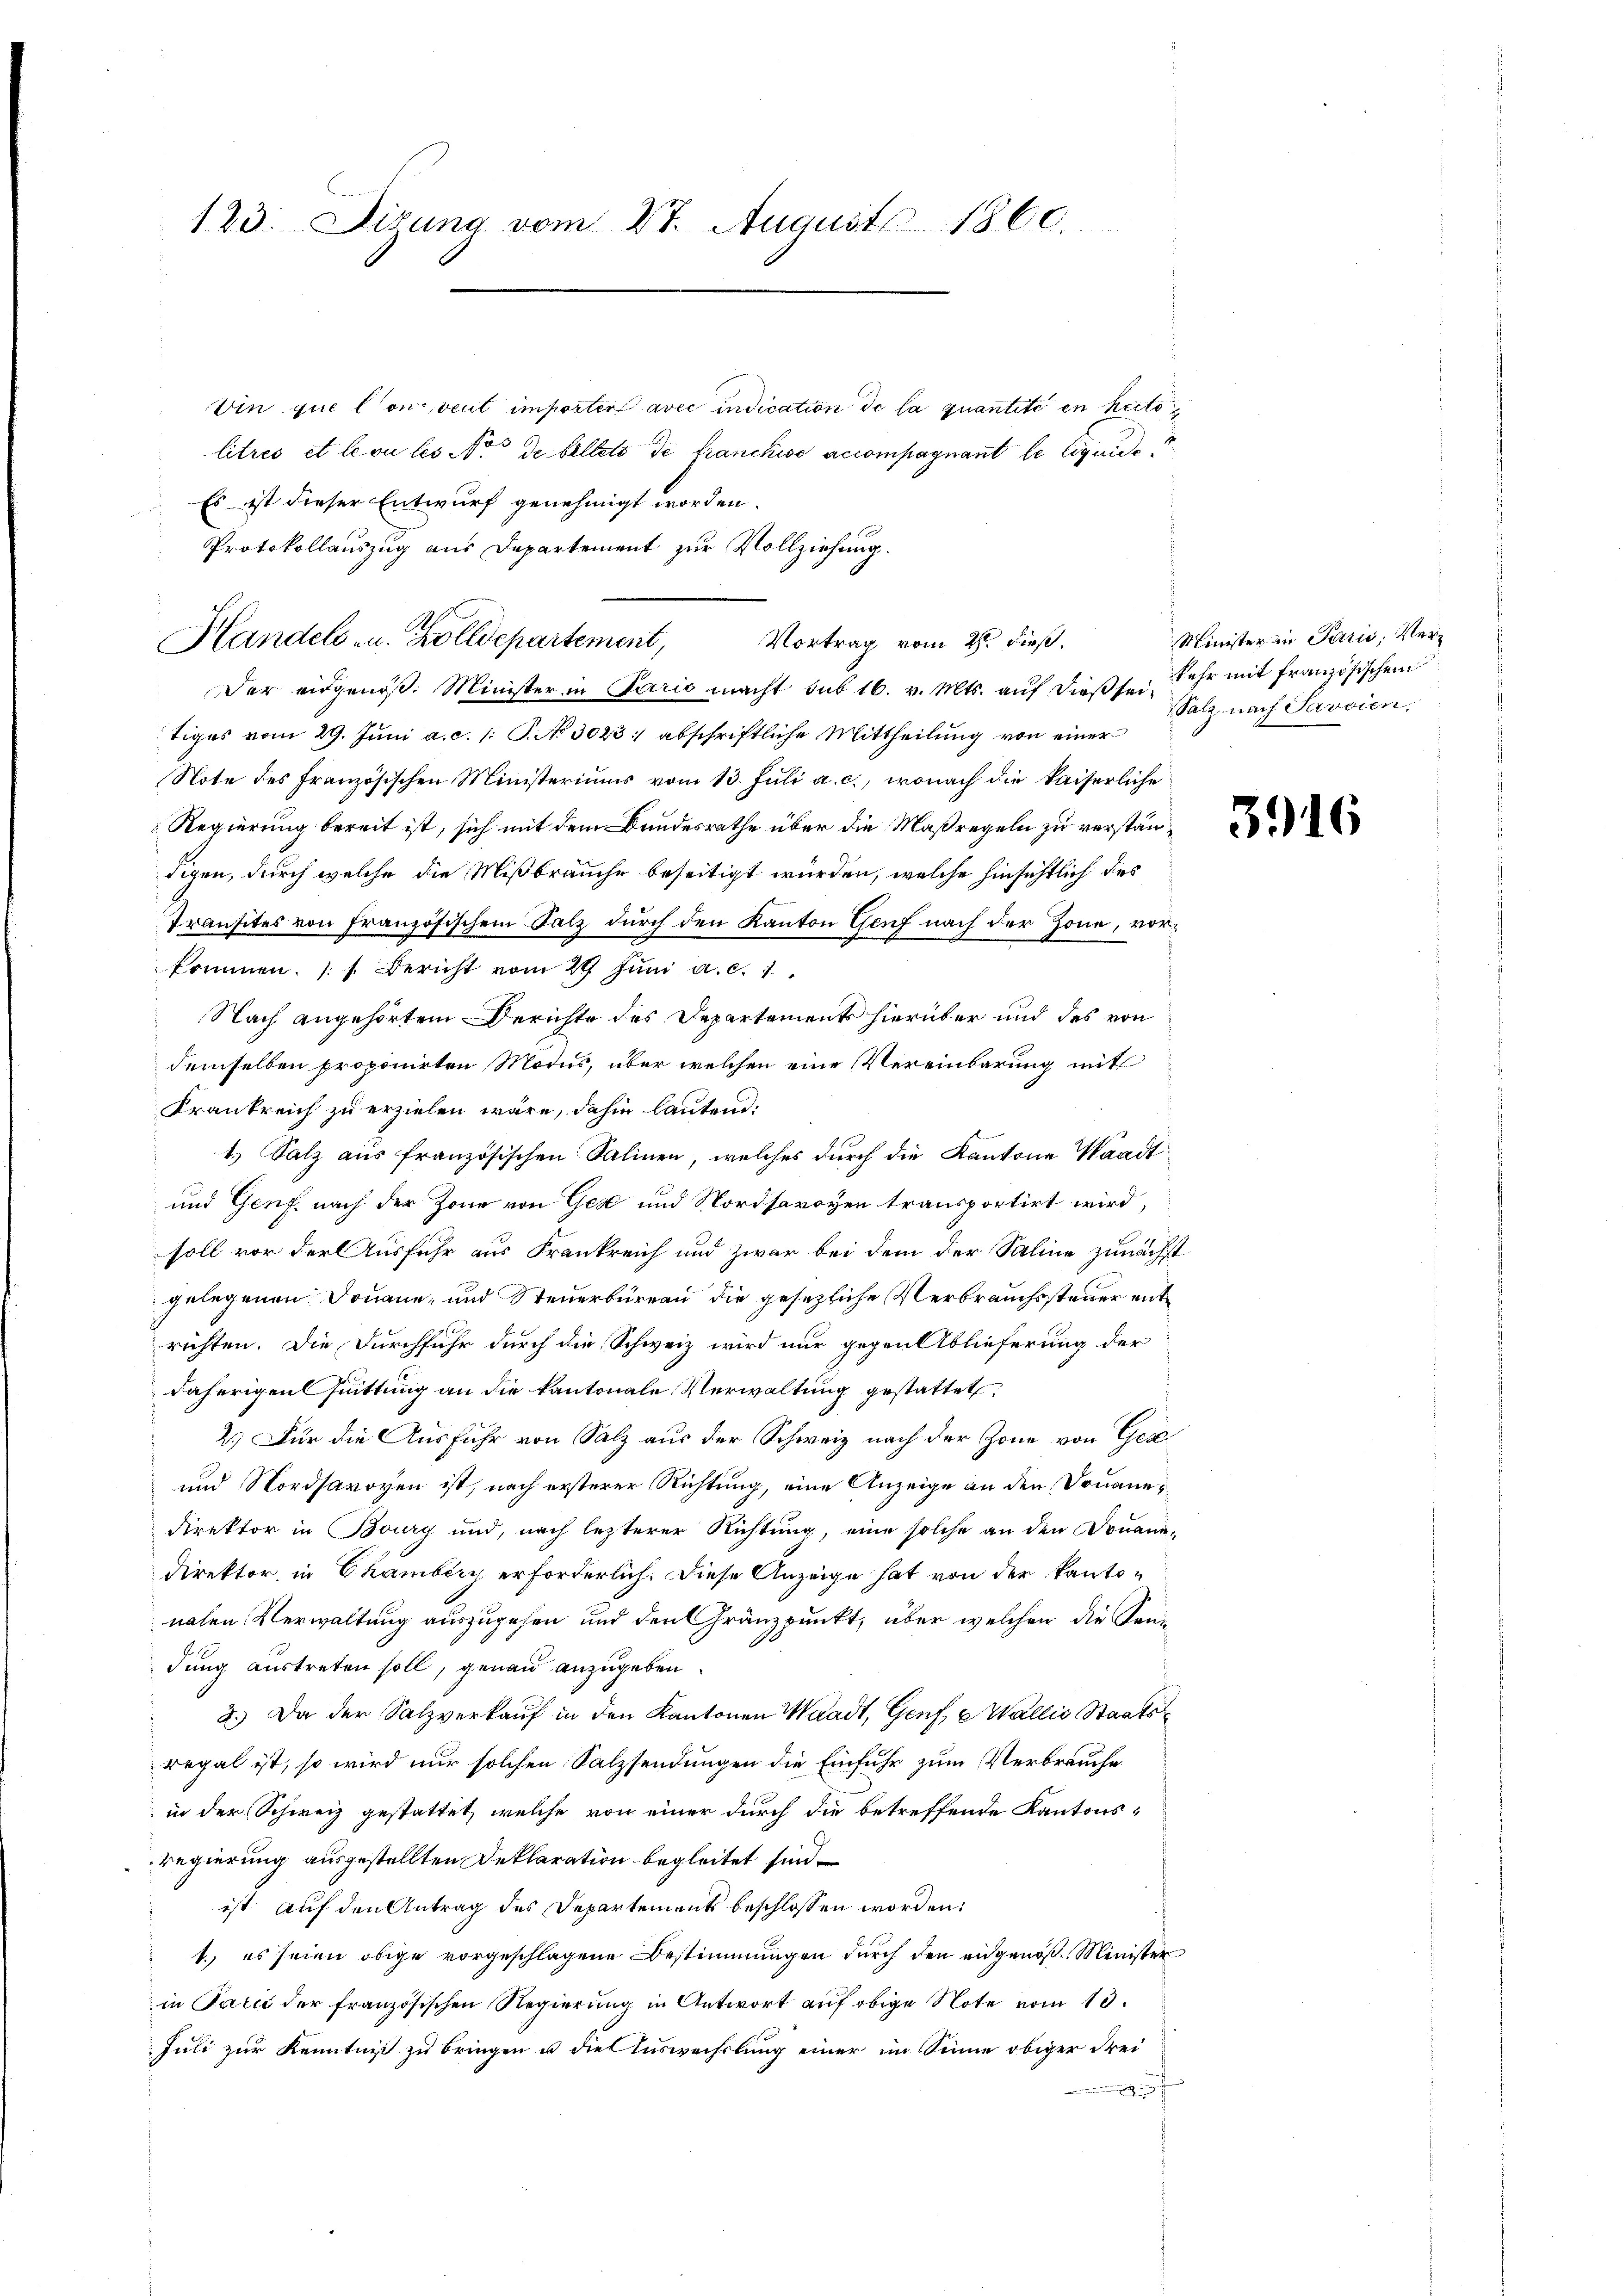
123. Disung vom 27. August 1860.

Vin que lon veut imposter avec indication de la quantité en heits
litrés et le ou les Not de billete de franchise accompagnant le liquide
Es ist dieser Entwurf genehmigt worden.
Protokollauszug aus Departement zur Vollziehung.
Der eidgenöß. Minister in Paris macht sub 16. v. Mts. aŭf dieβse. Sehr mit französischen
tiges vom 29. Juni a. c. s. S. No 3023:/ abschriftliche Mittheilung von einer
Note des französischen Ministeriums vom 13. Juli a. c., wonach die kaiserliche
Regierung bereit ist, sich mit dem Bundesrathe über die Maßregeln zu verständigen, durch welche die Mißbrauche beseitigt würden, welche hinsichtlich des
Transites von Französischem Salz durch den Kanton Genf nach der Zone, vorkommen. (s. Bericht vom 29. Jŭni a. c. 1
Nach angehörtem Berichte des Departements hierüber und des von
demselben proponirten Modus, über welchen eine Vereinbarung mit
Krankreich zu erzielen wäre, dahin lautend:
1.) Salz aus französischen Salinen, welches durch die Kantone Waadt
und Genf, nach der Zone von Ged und Nordsavoyen transportirt wird,
soll vor der Ausfuhr aus Frankreich und zwar bei dem der Saline zunächst
gelegenen Douane, und Steuerbüreau die gesezliche Verbrauchssteuer entrichten. Die Durchfuhr durch die Schweiz wird nur gegen Ablieferung der
daherigen Quittung an die kantonale Verwaltung gestattet,
2.) Für die Ausfuhr von Salz aus der Schweiz nach der Zone von Ger
und Nordsavoyen ist, nach ersterer Richtung, eine Anzeige an den Douane¬
Direktor in Bourg und, nach lezterer Richtung, eine solche an den Douanedirektor, in Chambery erforderlich. Diese Anzeige hat von der kantonahen Verwaltung auszugehen und den Gränzpunkt, über welchen die Sondung austreten soll, genau anzugeben.
2.) Da der Salzverkauf in den Kantonen Waadt, Genf Wallis Staatsregal ist, so wird nur solchen Salzsendungen die Einfuhr zum Verbrauche
in der Schweiz gestattet, welche von einer durch die betreffende Kantons-
Regierung ausgestellten Deklaration begleitet sind.
ist auf den Antrag des Departements beschlossen worden:
1. es seien obige vorgeschlagene Bestimmungen durch den angenoß Minister
in Talić der französischen Regierung in Antwort auf obige Note vom 10.
Juli zur Kenntniß zu bringen u die Auswechslung einer im Sinne obiger drei
.

Handels- u. Zolldepartement,

Vortrag vom 2. dieß.

Minister in Parić, Ver¬
Salz nach Savoien

3916